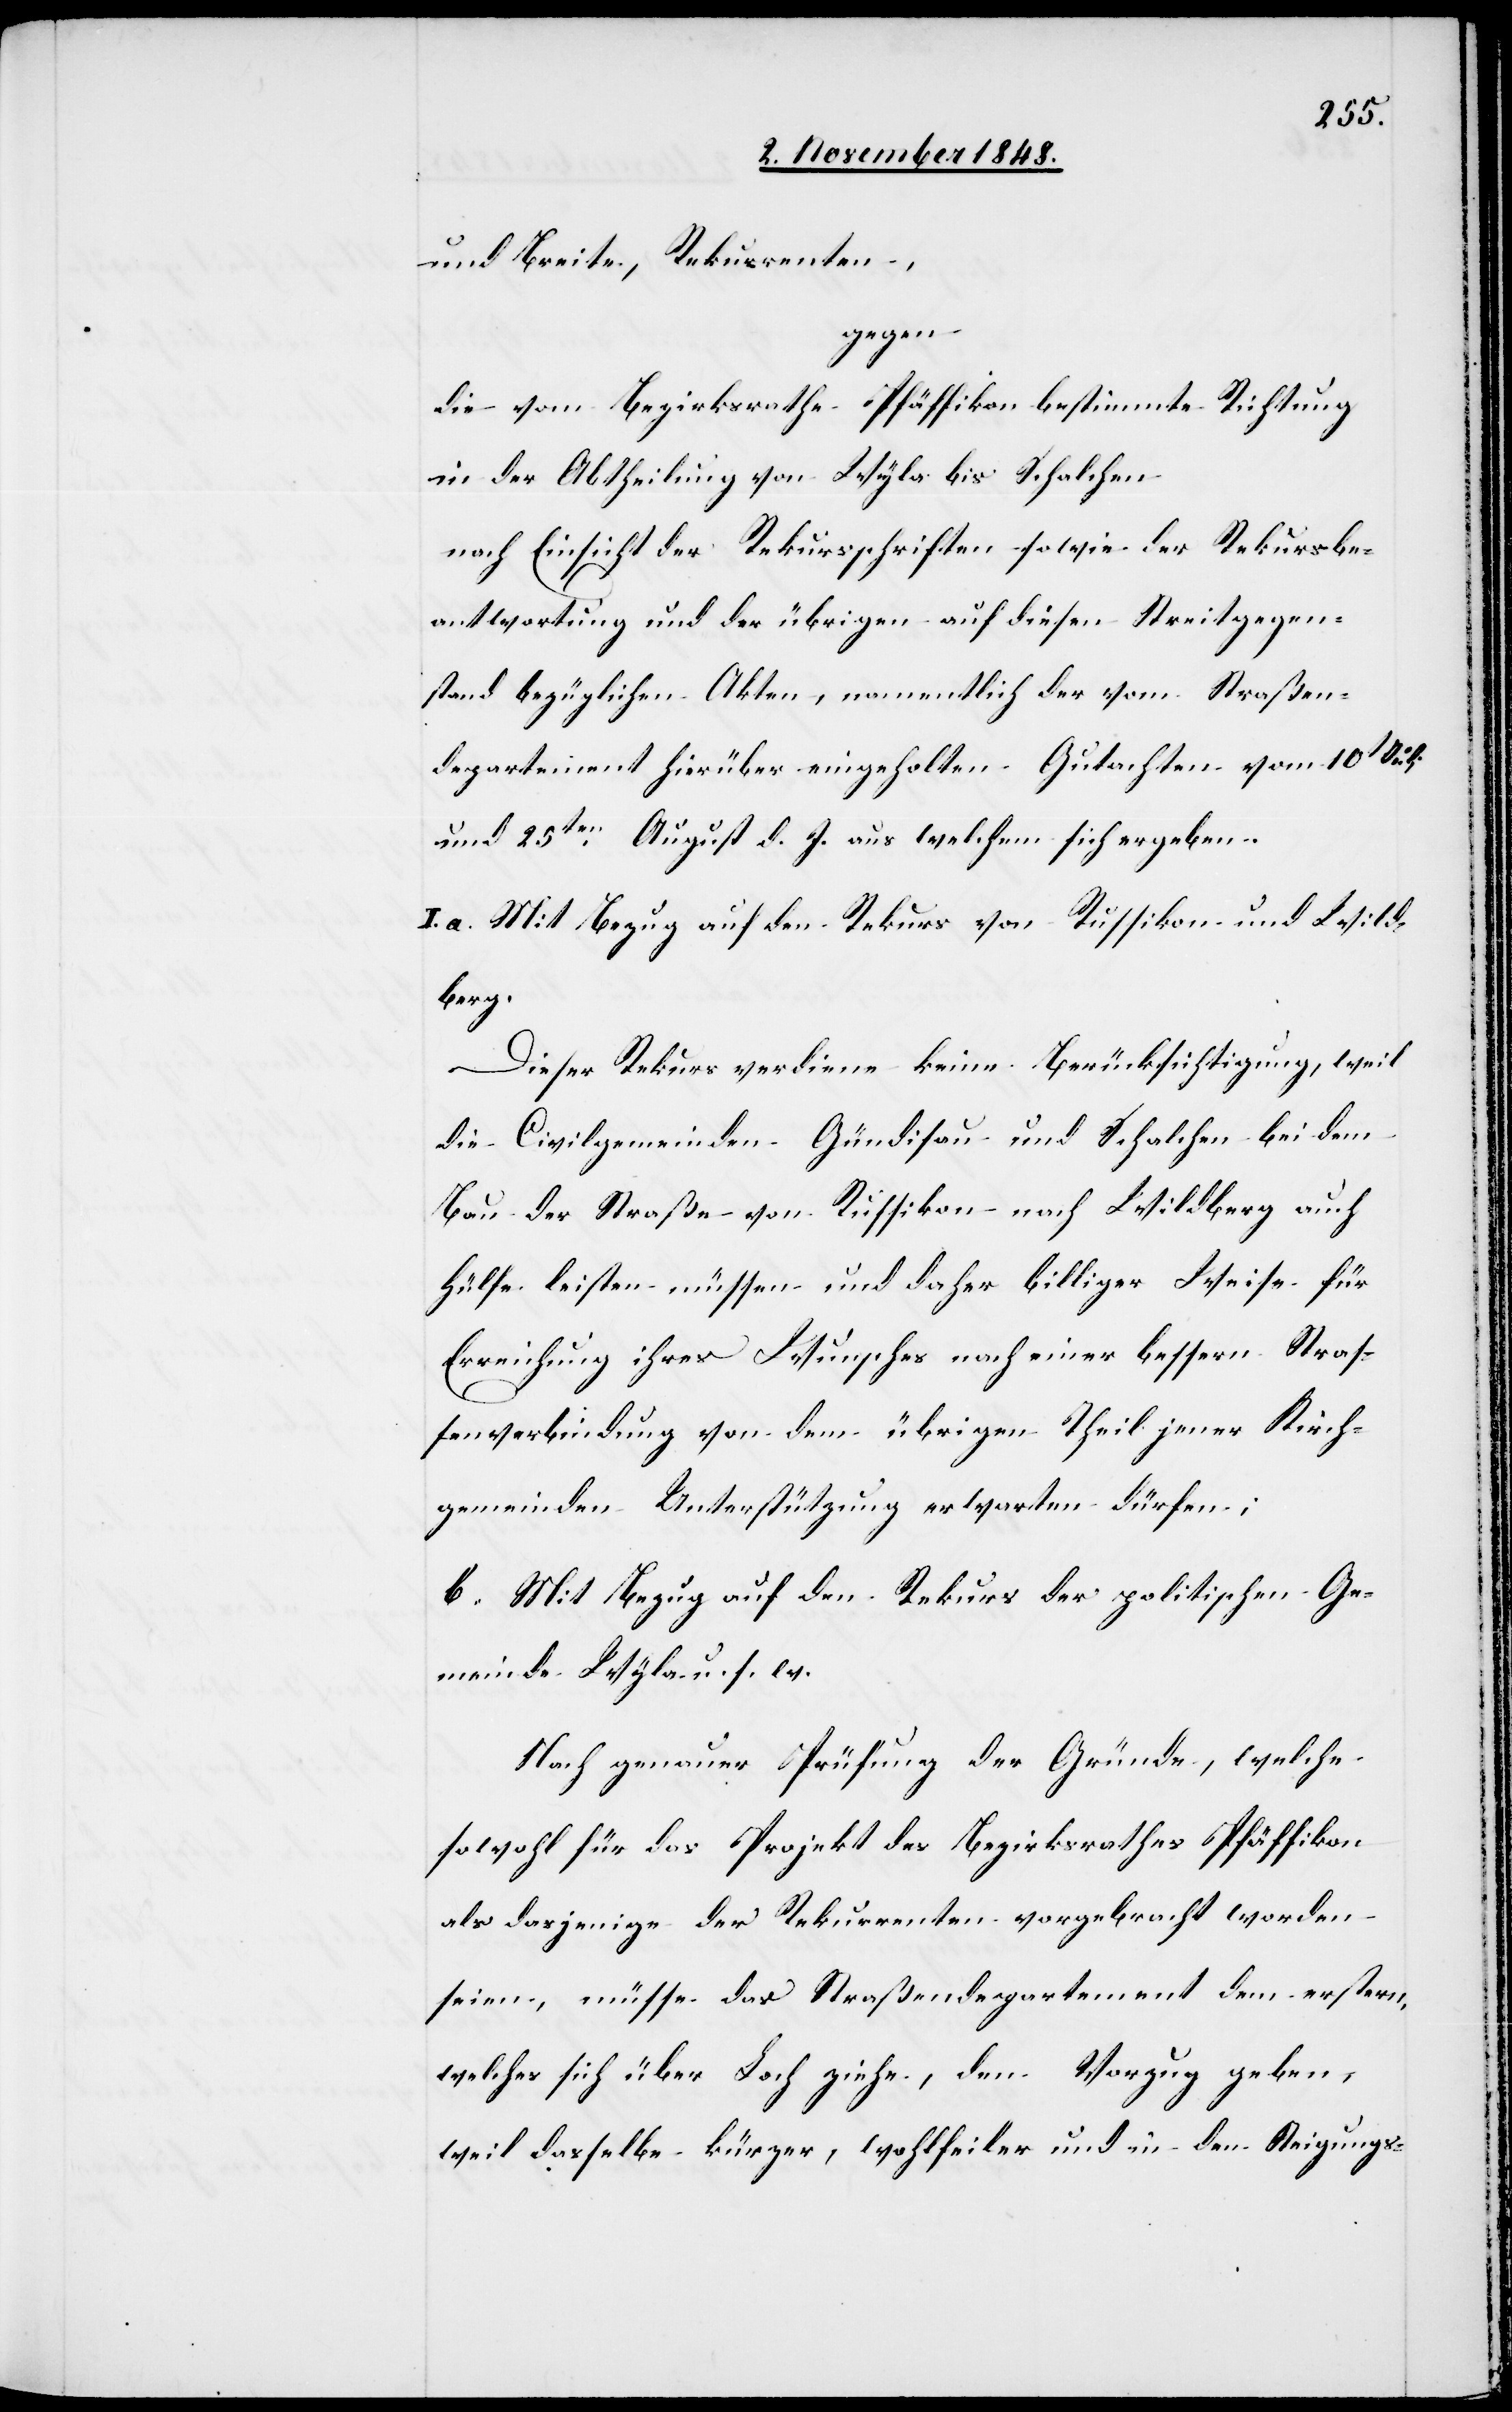
und Breite, Rekurrenten,
gegen:
die vom Bezirksrathe Pfäffikon bestimmte Richtung
in der Abtheilung von Wyla bis Schalchen
nach Einsicht der Rekursschriften sowie der Rekursbe¬
antwortung und der übrigen auf diesen Streitgegen¬
stand bezüglichen Akten, namentlich der vom Straßen¬
departement hierüber eingeholten Gutachten vom 10t.
und 25ten August d. J. aus welchem sich ergeben.
I. a. Mit Bezug auf den Rekurs von Russikon und Wild¬
berg.
Dieser Rekurs verdiene keine Berücksichtigung, weil
die Civilgemeinden Gündisau und Schalchen bei dem
Bau der Straße von Russikon nach Wildberg auch
Hülfe leisten müssen und daher billiger Weise für
Erreichung ihres Wunsches nach einer bessern Straß¬
enverbindung von dem übrigen Theil jener Kirch¬
gemeinden Unterstützung erwarten dürfen;
b. Mit Bezug auf den Rekurs der politischen Ge¬
meinde Wyla u. s. w.
Nach genauer Prüfung der Gründe, welche
sowohl für das Projekt des Bezirksrathes Pfäffikon
als dasjenige der Rekurrenten vorgebracht worden
seien, müsse das Straßendepartement dem erstern,
welches sich über Loch ziehe, den Vorzug geben,
weil dasselbe kürzer, wohlfeiler und in den Steigungs-